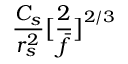
\frac { C _ { s } } { r _ { s } ^ { 2 } } \big [ \frac { 2 } { \bar { f } } \big ] ^ { 2 / 3 }